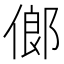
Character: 𠌇